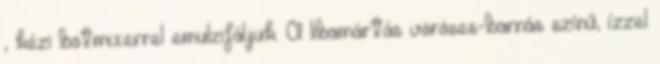
, kézi botmixerrel emulzifáljuk. A libamártás vöröses-barnás színű, ízzel